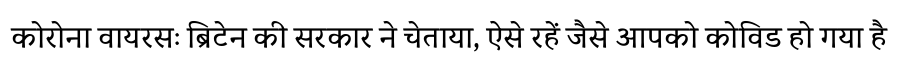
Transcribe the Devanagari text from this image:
कोरोना वायरसः ब्रिटेन की सरकार ने चेताया, ऐसे रहें जैसे आपको कोविड हो गया है